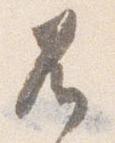
兀